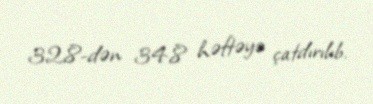
32,8-dən 34,8 həftəyə çatdırılıb.